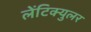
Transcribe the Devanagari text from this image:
लेंटिक्युलर